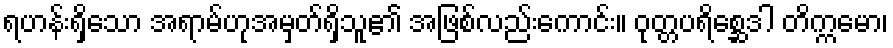
ရဟန်းရှိသော အရာမ်ဟုအမှတ်ရှိသူ၏ အဖြစ်လည်းကောင်း။ ဝုတ္တပရိစ္ဆေဒါ တိက္ကမော၊